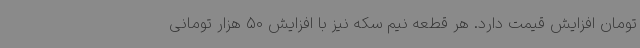
تومان افزایش قیمت دارد. هر قطعه نیم سکه نیز با افزایش 50 هزار تومانی